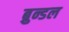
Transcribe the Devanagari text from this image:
ब्रुन्डल